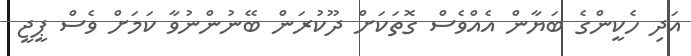
އަދި ހެކީންގެ ބަޔާން އެއްވެސް ގޮތަކަށް ދޫކުރަން ބޭނުންނުވާ ކަމަށް ވެސް ޕީޖީ